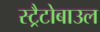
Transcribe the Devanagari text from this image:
स्ट्रैटोबाउल